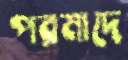
পরমাদে